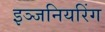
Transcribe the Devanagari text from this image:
इञ्जनियरिंग